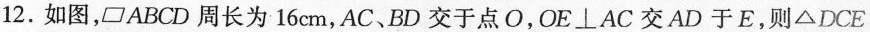
12.如图，□ABCD周长为16cm，AC、BD交于点O，OE \bot AC交AD于E，则△DCE